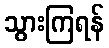
သွားကြရန်